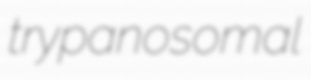
trypanosomal